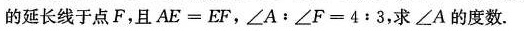
的延长线于点F，且$$A E = E F$$，$$\angle A: \angle F = 4 : 3$$，求\angleA的度数。